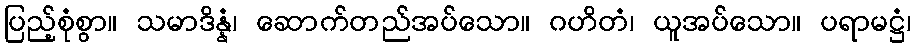
ပြည့်စုံစွာ။ သမာဒိန္နံ၊ ဆောက်တည်အပ်သော။ ဂဟိတံ၊ ယူအပ်သော။ ပရာမဋ္ဌံ၊